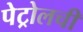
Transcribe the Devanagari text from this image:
पेट्रोलची